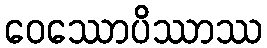
ဝေဿောပိဿာဿ